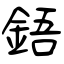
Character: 鋙